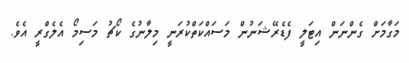
މަގާމަށް ގެންނަން އިޓަލީ ފެޑެރޭޝަނުން މަސައްކަތްކުރަނީ މިލާނުގެ ކޯޗު މަސިމޯ އެލެގްރީ އެވެ.